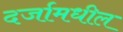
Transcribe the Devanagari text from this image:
दर्जामधील